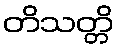
တိသတ္တိ